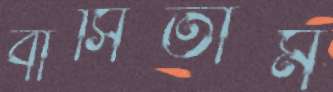
বাসিতাম